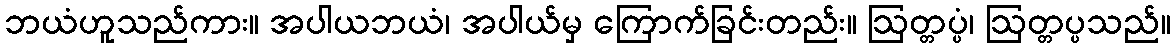
ဘယံဟူသည်ကား။ အပါယဘယံ၊ အပါယ်မှ ကြောက်ခြင်းတည်း။ ဩတ္တပ္ပံ၊ ဩတ္တပ္ပသည်။